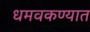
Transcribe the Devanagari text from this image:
धमवकण्यात